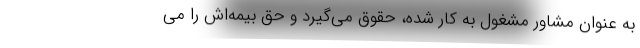
به عنوان مشاور مشغول به کار شده، حقوق می‌گیرد و حق بیمه‌اش را می‌